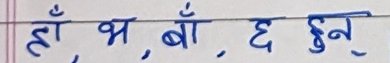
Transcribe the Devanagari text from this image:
हाँ, भ, बाँ, छ हुन्